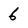
Character: 6